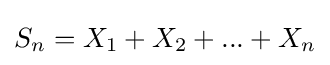
S_{n}=X_{1}+X_{2}+...+X_{n}